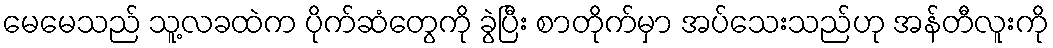
မေမေသည် သူ့လခထဲက ပိုက်ဆံတွေကို ခွဲပြီး စာတိုက်မှာ အပ်သေးသည်ဟု အန်တီလူးကို